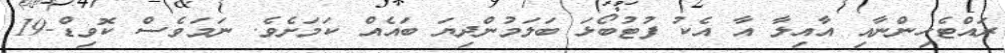
ރައްޓެހިންނާއި އާއިލާ އާ އެކު ފުޓުބޯޅަ ބަލަމުންދިޔަ ބައެއް ކަމަށެވެ. ނަމަވެސް ކޮވިޑް-19